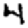
Digit: 4